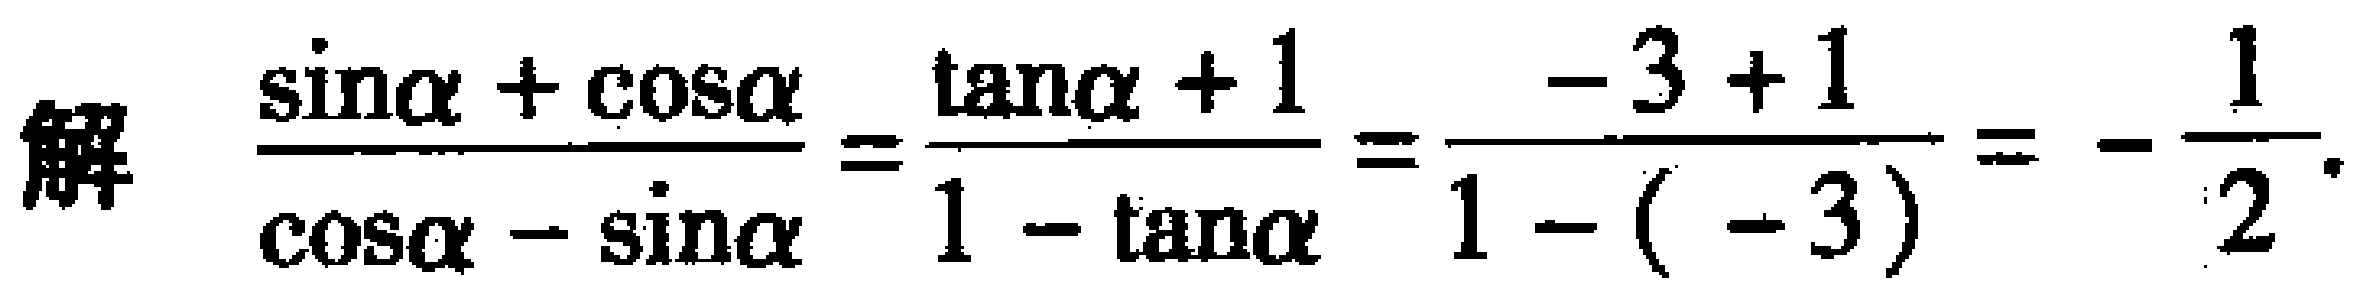
解 $\frac{\sin\alpha + \cos\alpha}{\cos\alpha - \sin\alpha}=\frac{\tan\alpha + 1}{1 - \tan\alpha}=\frac{-3 + 1}{1 - (-3)}=-\frac{1}{2}.$